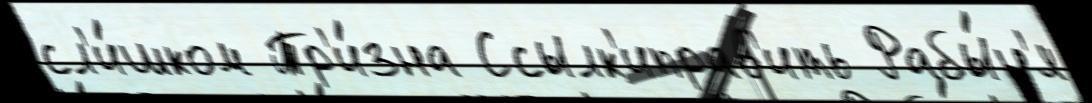
сл'и́шком Тр'и́зна Ссылк'иправ'ить Рабы́н'я